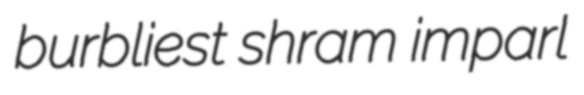
burbliest shram imparl